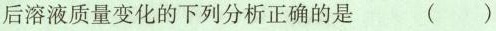
后溶液质量变化的下列分析正确的是 ()